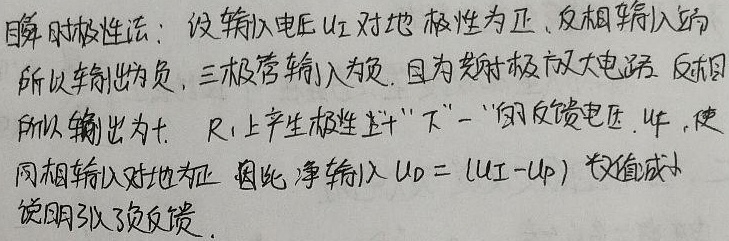
瞬时极性法：设输入电压\(u_{I}\)对地极性为正，反相输入端所以输出为负，三极管输入为负，因为发射极放大电路，反相所以输出为正，\(R_{1}\)上产生极性上“\(+\)”下“\(-\)”的反馈电压\(u_{f}\)，使同相输入对地为正，因此净输入\(u_{D}=(u_{I}-u_{P})\)数值减小，说明引入了负反馈。